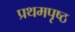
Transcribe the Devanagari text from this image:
प्रथमपृष्ठ